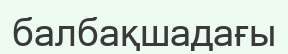
балбақшадағы